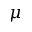
\mu